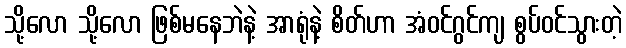
သို့လော သို့လော ဖြစ်မနေဘဲနဲ့ အာရုံနဲ့ စိတ်ဟာ အံဝင်ဂွင်ကျ စွပ်ဝင်သွားတဲ့